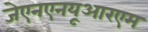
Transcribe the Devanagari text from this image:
जेएनएनयूआरएम